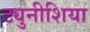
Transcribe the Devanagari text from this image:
ट्युनीशिया